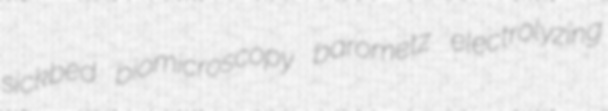
sickbed biomicroscopy barometz electrolyzing